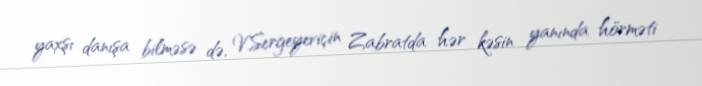
yaxşı danışa bilməsə də, V.Sergeyeviçin Zabratda hər kəsin yanında hörməti